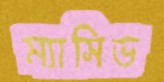
ম্যাসিভ